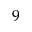
9